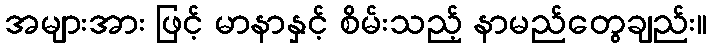
အများအား ဖြင့် မာနာနှင့် စိမ်းသည့် နာမည်တွေချည်း။